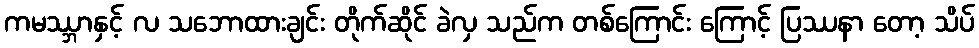
ကမဿ္ဘာနှင့် လ သဘောထားချင်း တိုက်ဆိုင် ခဲလှ သည်က တစ်ကြောင်း ကြောင့် ပြဿနာ တော့ သိပ်